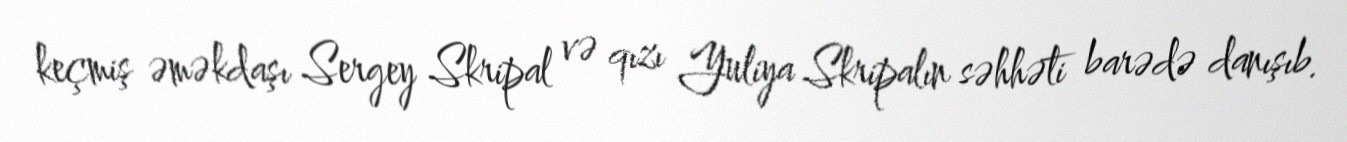
keçmiş əməkdaşı Sergey Skripal və qızı Yuliya Skripalın səhhəti barədə danışıb.